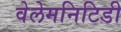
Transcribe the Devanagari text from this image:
वेलेमनिटिडी